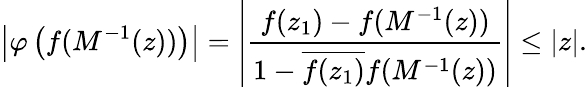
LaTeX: \left|\varphi\left(f(M^{-1}(z))\right)\right|=\left|{\frac{f(z_{1})-f(M^{-1}(z))}{1-{\overline{{f(z_{1})}}}f(M^{-1}(z))}}\right|\leq|z|.